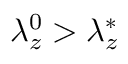
\lambda _ { z } ^ { 0 } > \lambda _ { z } ^ { * }